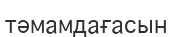
тәмамдағасын